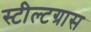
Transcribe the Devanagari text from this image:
स्टील्टग्रास